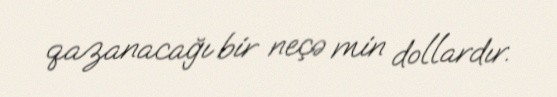
qazanacağı bir neçə min dollardır.